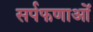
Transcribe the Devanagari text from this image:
सर्पफणाओं